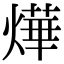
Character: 燁